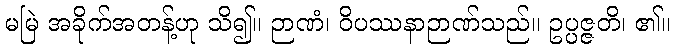
မမြဲ အခိုက်အတန့်ဟု သိ၍။ ဉာဏံ၊ ဝိပဿနာဉာဏ်သည်။ ဥပ္ပဇ္ဇတိ၊ ၏။